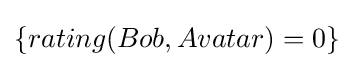
\{rating(Bob,Avatar)=0\}